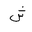
Letter: _shin